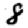
Digit: 8